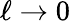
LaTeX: \ell\to 0